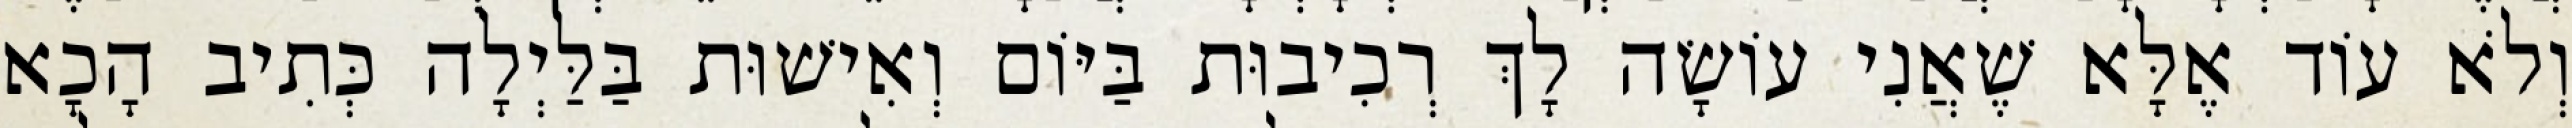
וְלֹא עוֹד אֶלָּא שֶׁאֲנִי עוֹשָׂה לָךְ רְכִיבוּת בַּיּוֹם וְאִישׁוּת בַּלַּיְלָה כְּתִיב הָכָא